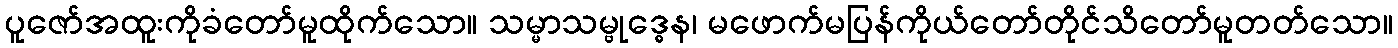
ပူဇော်အထူးကိုခံတော်မူထိုက်သော။ သမ္မာသမ္ဗုဒ္ဓေန၊ မဖောက်မပြန်ကိုယ်တော်တိုင်သိတော်မူတတ်သော။